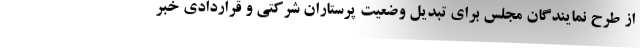
از طرح نمایندگان مجلس برای تبدیل وضعیت پرستاران شرکتی و قراردادی خبر